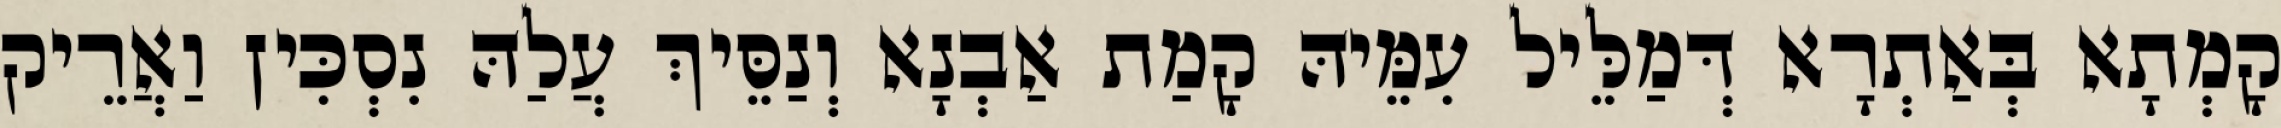
קָמְתָא בְּאַתְרָא דְּמַלֵּיל עִמֵּיהּ קָמַת אַבְנָא וְנַסֵּיךְ עֲלַהּ נִסְכִּין וַאֲרֵיק